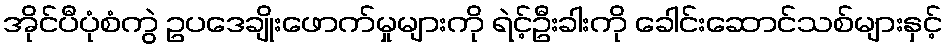
အိုင်ပီပုံစံကွဲ ဥပဒေချိုးဖောက်မှုများကို ရဲင့်ဦးခါးကို ခေါင်းဆောင်သစ်များနှင့်